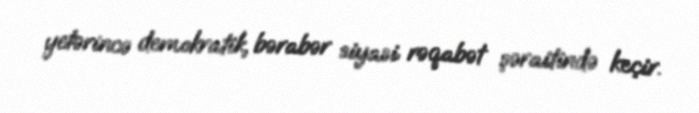
yetərincə demokratik, bərabər siyasi rəqabət şəraitində keçir.